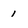
Character: i